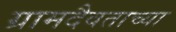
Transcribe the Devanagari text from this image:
ग्रामदैवताच्या